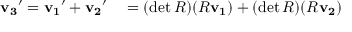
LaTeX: \begin{array} { r l } { \mathbf { v _ { 3 } } ^ { \prime } = \mathbf { v _ { 1 } } ^ { \prime } + \mathbf { v _ { 2 } } ^ { \prime } } & { { } = ( \operatorname* { d e t } R ) ( R \mathbf { v _ { 1 } } ) + ( \operatorname* { d e t } R ) ( R \mathbf { v _ { 2 } } ) } \end{array}